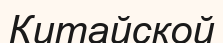
Китайской